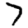
Digit: 7